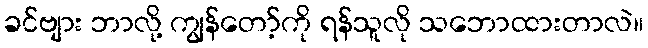
ခင်ဗျား ဘာလို့ ကျွန်တော့်ကို ရန်သူလို သဘောထားတာလဲ။